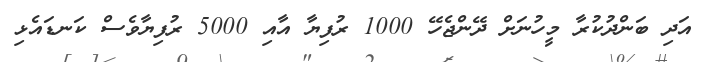
އަދި ބަންދުކުރާ މީހުނަށް ދޭންޖެހޭ 1000 ރުފިޔާ އާއި 5000 ރުފިޔާވެސް ކަނޑައެޅި